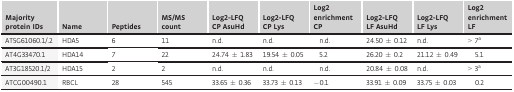
| Majority protein IDs | Name | Peptides | MS/MS count | Log2‐LFQ CP AsuHd | Log2‐LFQ CP Lys | Log2 enrichment CP | Log2‐LFQ LF AsuHd | Log2‐LFQ LF Lys | Log2 enrichment LF |
 | --- | --- | --- | --- | --- | --- | --- | --- | --- | --- |
 | AT5G61060.1/.2 | HDA5 | 6 | 11 | n.d. | n.d. | n.d. | 24.50 ± 0.12 | n.d. | > 7a |
 | AT4G33470.1 | HDA14 | 7 | 22 | 24.74 ± 1.83 | 19.54 ± 0.05 | 5.2 | 26.20 ± 0.2 | 21.12 ± 0.49 | 5.1 |
 | AT3G18520.1/2 | HDA15 | 2 | 2 | n.d. | n.d. | n.d. | 20.84 ± 0.08 | n.d. | > 3a |
 | ATCG00490.1 | RBCL | 28 | 545 | 33.65 ± 0.36 | 33.73 ± 0.13 | −0.1 | 33.91 ± 0.09 | 33.75 ± 0.03 | 0.2 |